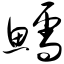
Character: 鳕